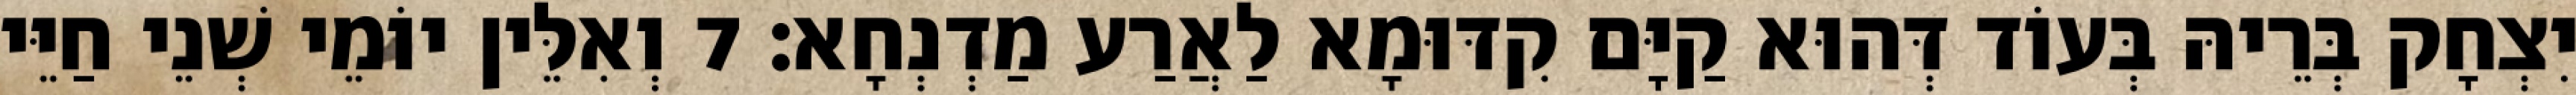
יִצְחָק בְּרֵיהּ בְּעוֹד דְּהוּא קַיָּם קִדּוּמָא לַאֲרַע מַדְנְחָא׃ 7 וְאִלֵּין יוֹמֵי שְׁנֵי חַיֵּי